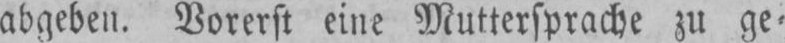
abgeben. Vorerst eine Muttersprache zu ge⸗